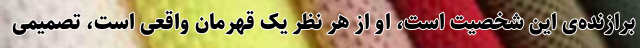
برازنده‌ی این شخصیت است، او از هر نظر یک قهرمان واقعی است، تصمیمی